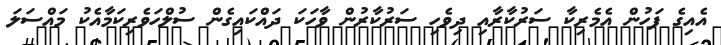
އެއިގެ ފަހުން އެމެރިކާ ސަރުކާރާއި ދިވެހި ސަރުކާރުން ވާހަކަ ދައްކައިގެން ސުލްހަވެރިކަމާއެކު މައްސަލަ